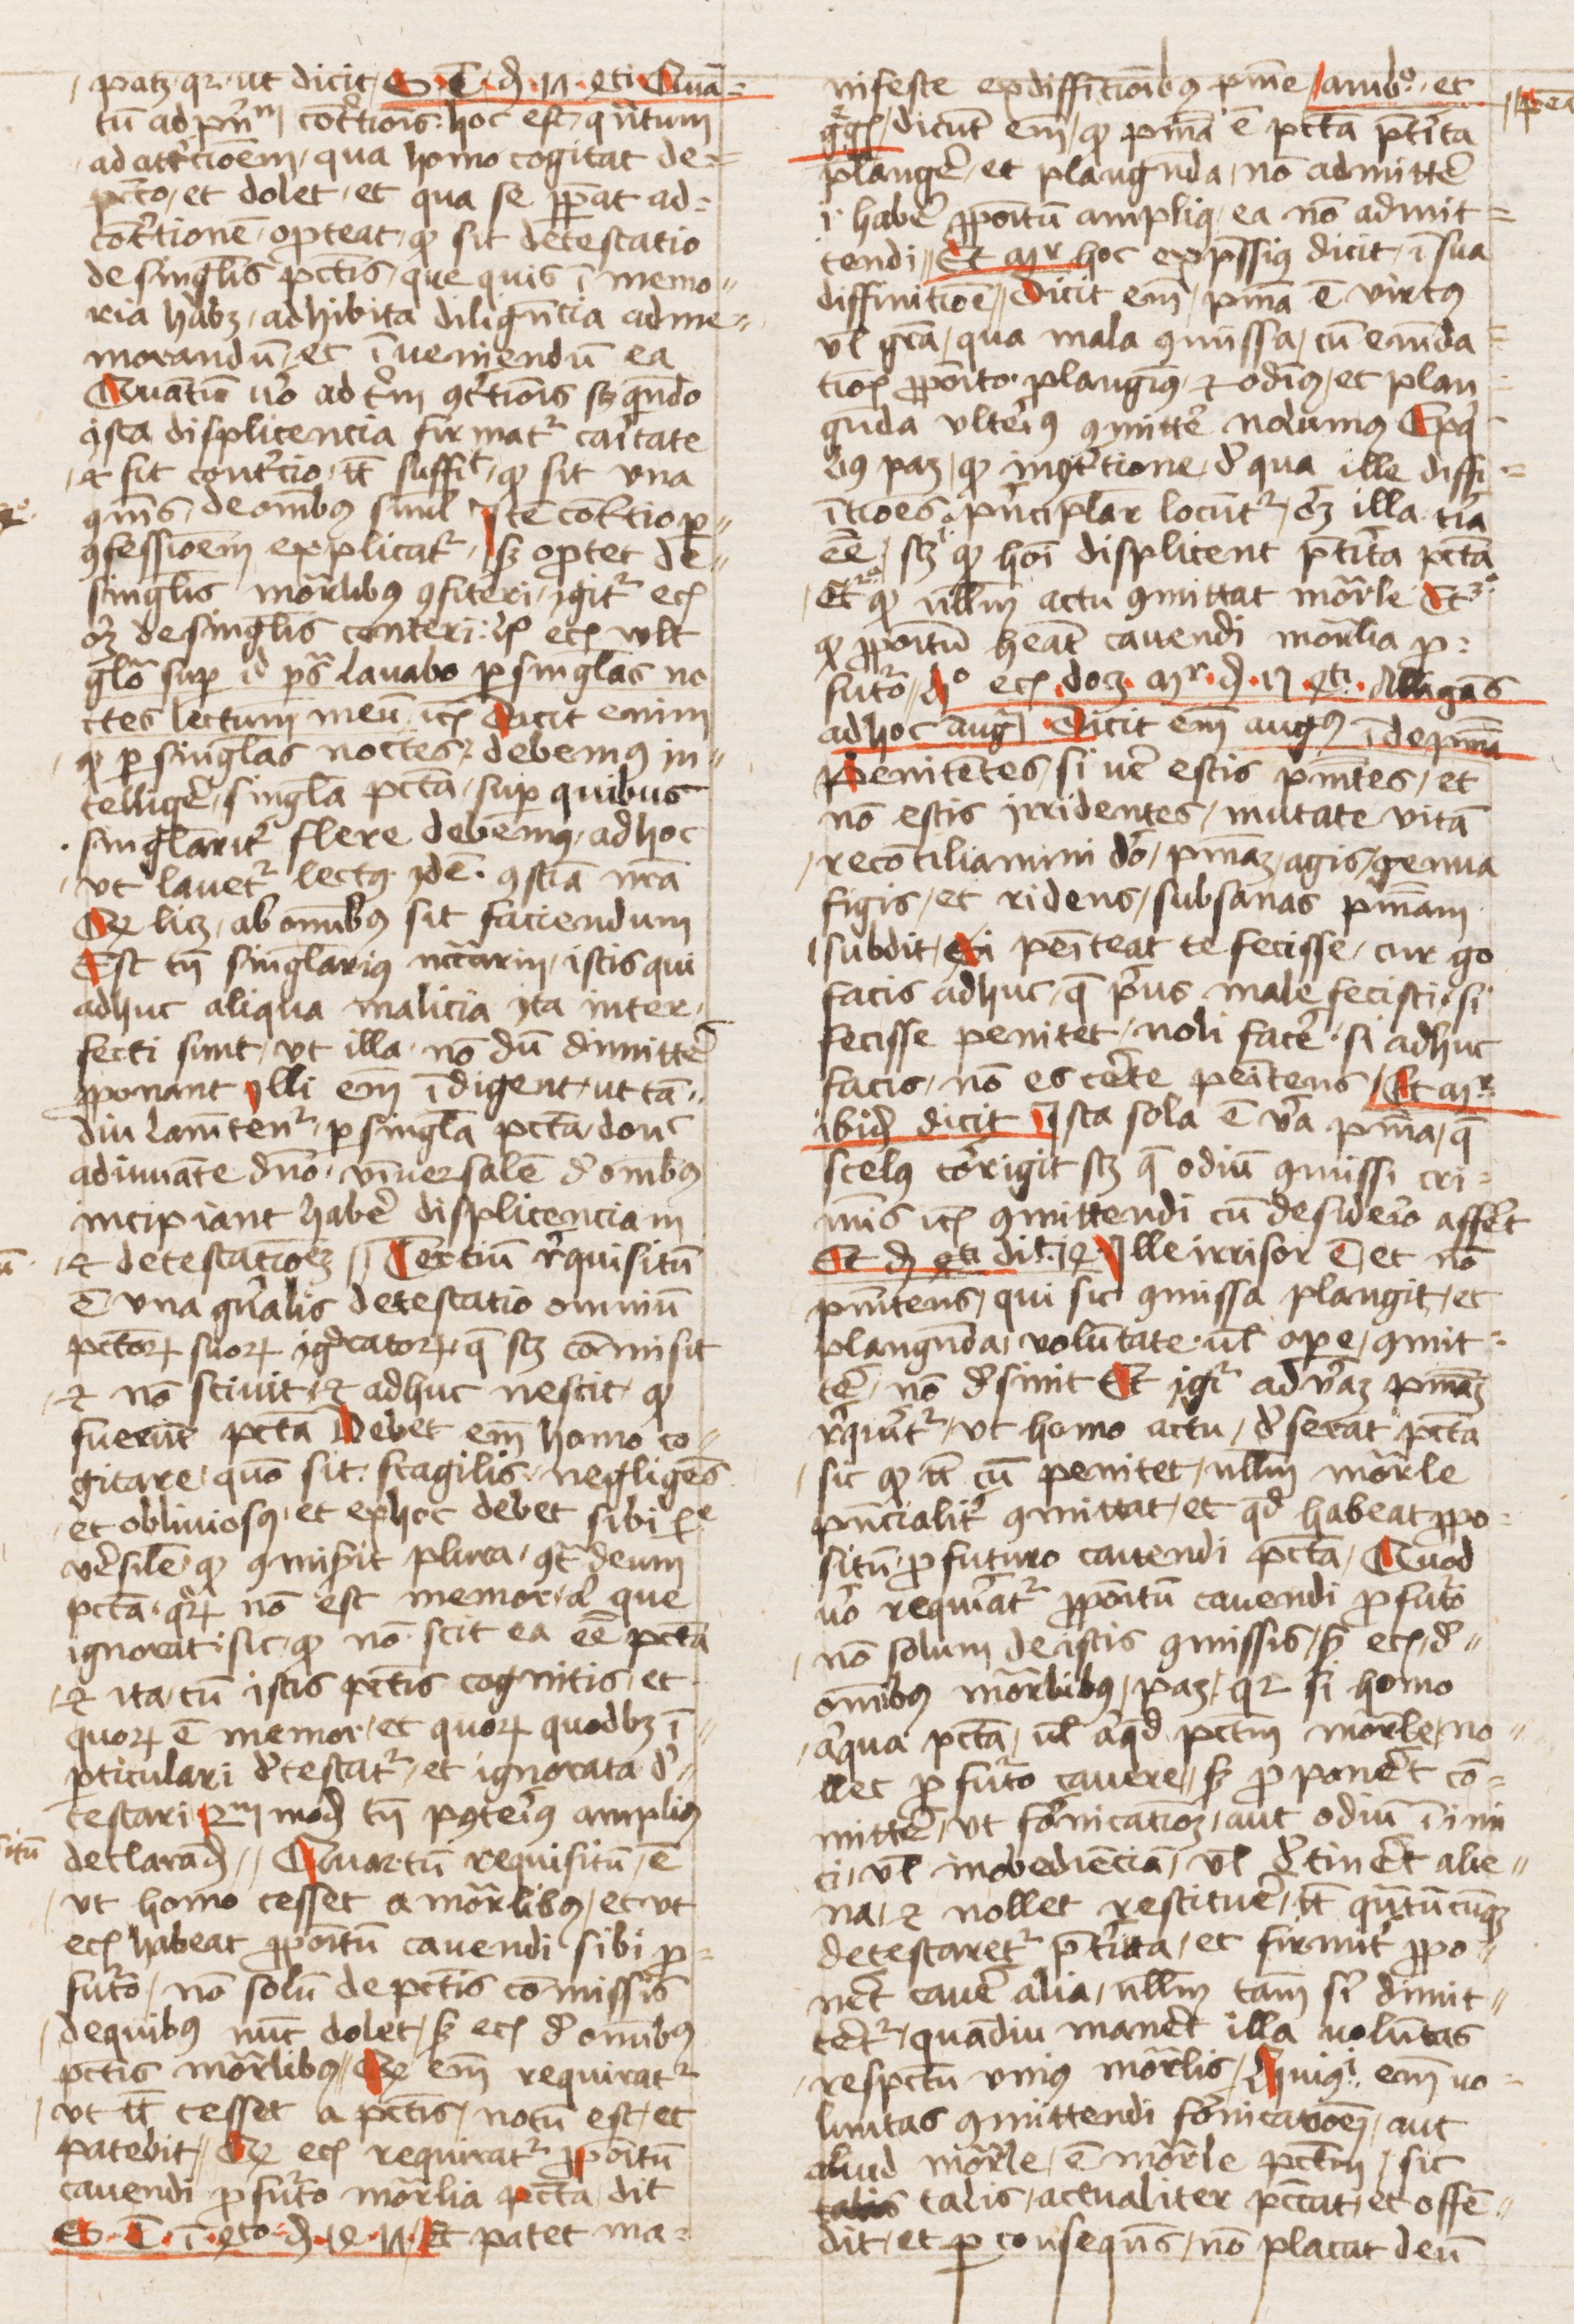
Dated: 1440–1470